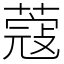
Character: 蔻